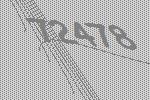
72478